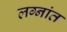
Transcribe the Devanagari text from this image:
लग्नांत